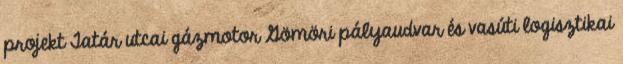
projekt Tatár utcai gázmotor Gömöri pályaudvar és vasúti logisztikai